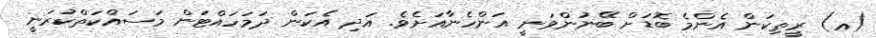
(އ) ރީތިކަން އެންމެ ބޮޑަށް ބޭނުންވަނީ އަންހެނާއަށެވެ. އަދި އެކަން ދަމަހައްޓަން މަސައްކަތްކުރަނީ